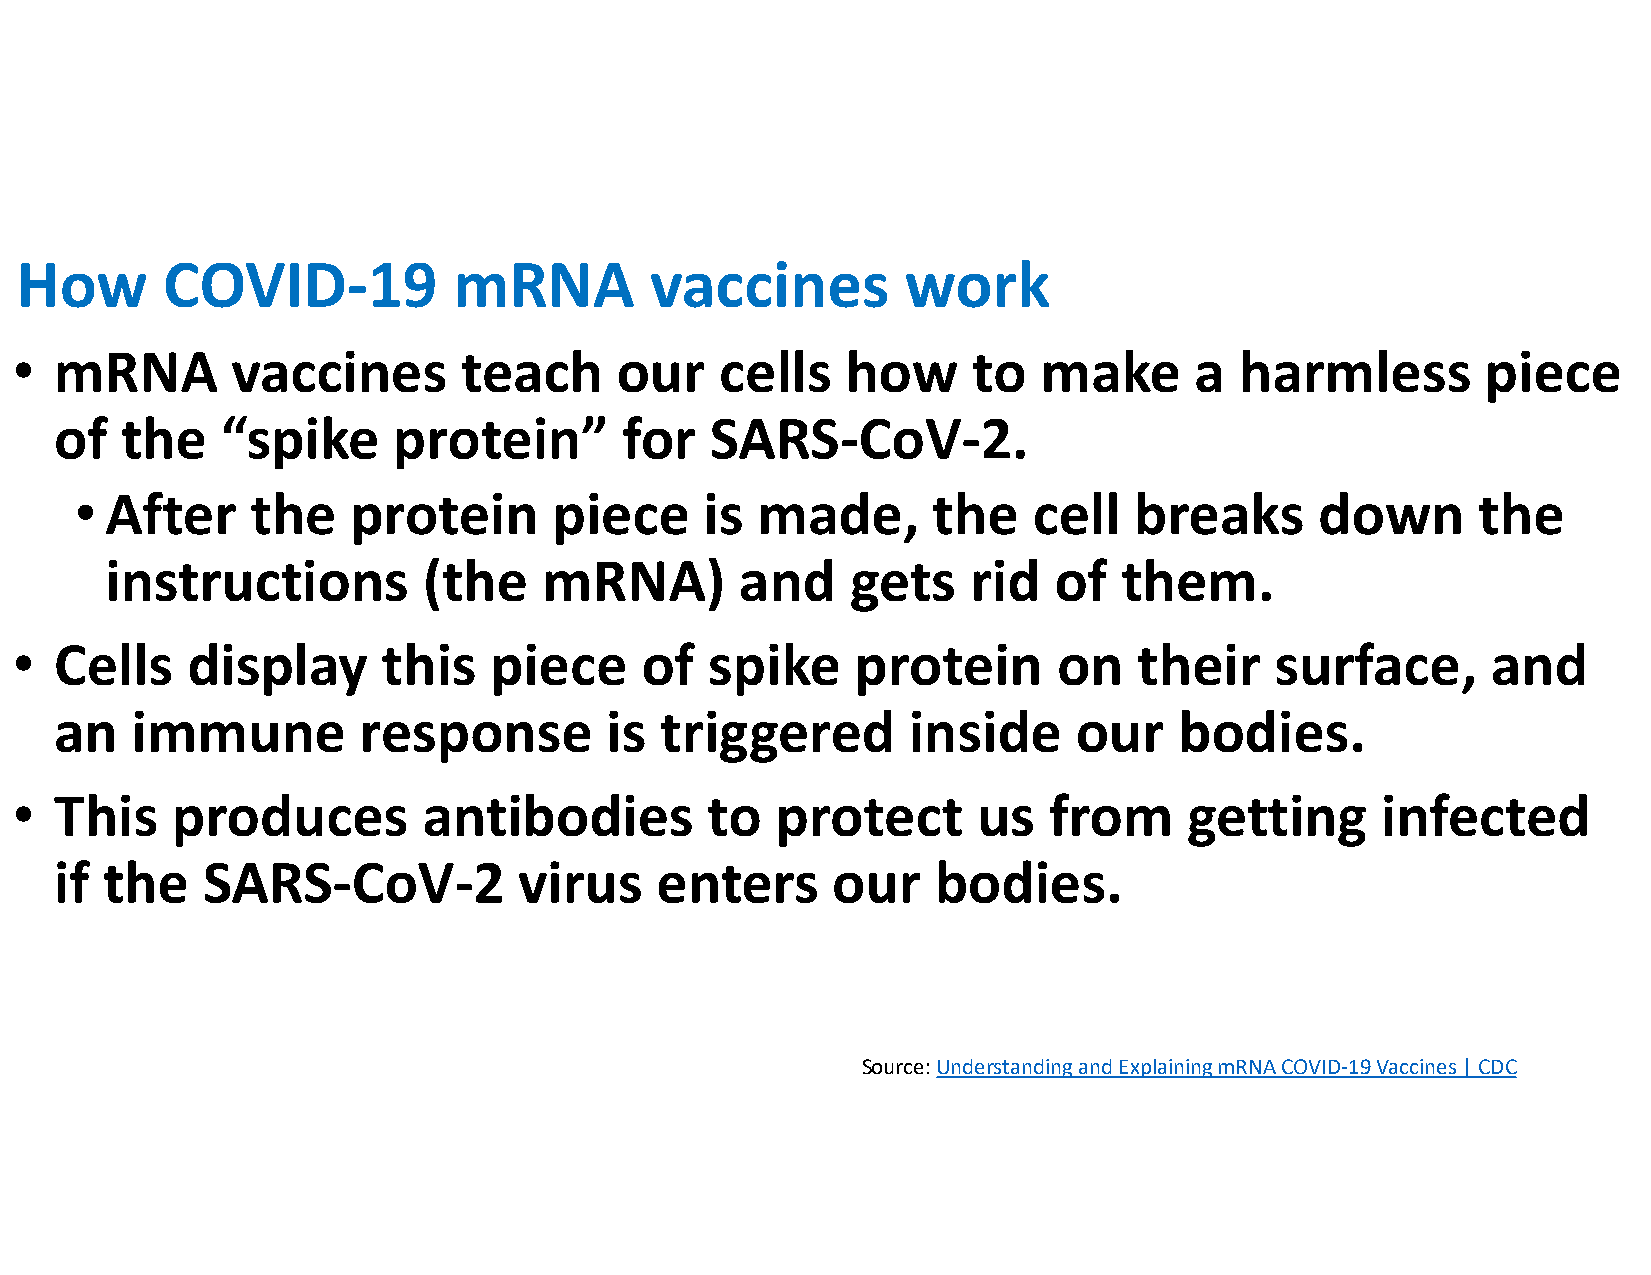
How       COVID-19           mRNA         vaccines         work
 •  mRNA       vaccines        teach     our    cells   how     to   make      a  harmless        piece
 of  the    “spike     protein”       for   SARS-CoV-2.
 • After     the   protein       piece     is made,       the   cell   breaks      down       the
 instructions         (the    mRNA)        and    gets    rid   of  them.
 •  Cells   display      this   piece     of   spike     protein      on   their    surface,       and
 an   immune         response        is  triggered       inside     our    bodies.
 •  This   produces         antibodies         to  protect       us  from      getting     infected
 if the   SARS-CoV-2           virus    enters      our    bodies.
 Source: Understanding and Explaining mRNA COVID-19 Vaccines | CDC